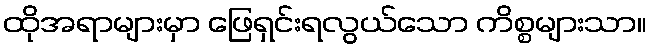
ထိုအရာများမှာ ဖြေရှင်းရလွယ်သော ကိစ္စများသာ။